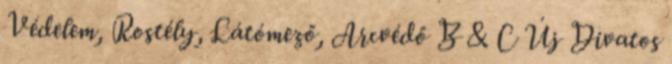
Védelem, Rostély, Látómező, Arcvédő B & C Új Divatos